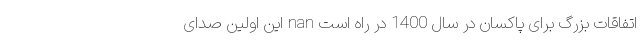
اتفاقات بزرگ برای پاکسان در سال 1400 در راه است nan این اولین صدای